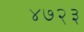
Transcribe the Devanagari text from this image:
४७२३